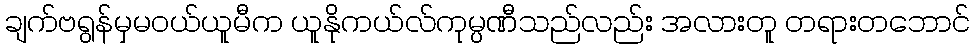
ချက်ဗရွန်မှမဝယ်ယူမီက ယူနိုကယ်လ်ကုမ္ပဏီသည်လည်း အလားတူ တရားတဘောင်